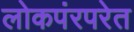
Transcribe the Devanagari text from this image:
लोकपंरपरेत